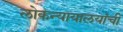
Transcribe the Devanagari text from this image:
लोकन्यायालयांची